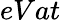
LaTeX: eVat